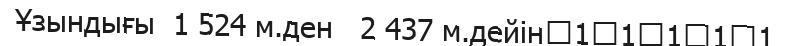
Ұзындығы  1 524 м.ден   2 437 м.дейін	1	1	1	1	1